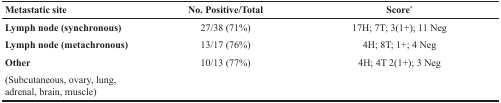
| Metastatic site | No. Positive/Total | Score* |
 | --- | --- | --- |
 | Lymph node (synchronous) | 27/38 (71%) | 17H; 7T; 3(1+); 11 Neg |
 | Lymph node (metachronous) | 13/17 (76%) | 4H; 8T; 1+; 4 Neg |
 | Other | 10/13 (77%) | 4H; 4T 2(1+); 3 Neg |
 | (Subcutaneous, ovary, lung, adrenal, brain, muscle) |  |  |